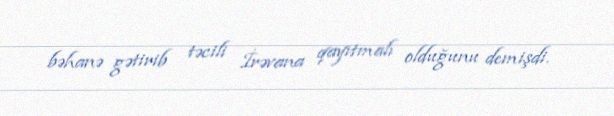
bəhanə gətirib təcili İrəvana qayıtmalı olduğunu demişdi.